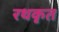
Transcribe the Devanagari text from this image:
रथकृत